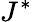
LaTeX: J^{\ast}